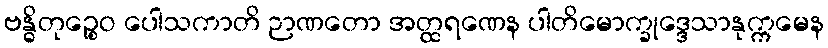
ဗန္ဓိတုဉ္စေဝ ပေါသကာတိ ဉာဏတော အတ္ထရဏေန ပါတိမောက္ခုဒ္ဒေသာနုက္ကမေန